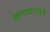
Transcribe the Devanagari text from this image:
कमावल्याने